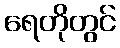
ရေတိုတွင်